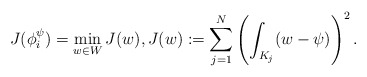
\begin{align*}J(\phi_i^\psi)&=\min_{ w\in W}J(w),J(w):=\sum_{j=1}^N\left(\int_{K_{j}}(w-\psi)\right)^2.\end{align*}